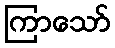
ကြာသော်